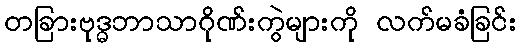
တခြားဗုဒ္ဓဘာသာဂိုဏ်းကွဲများကို လက်မခံခြင်း